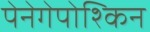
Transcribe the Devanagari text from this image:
पेनेगेपोश्किन